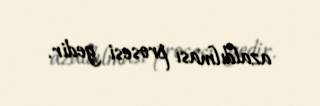
azaldılması prosesi gedir.